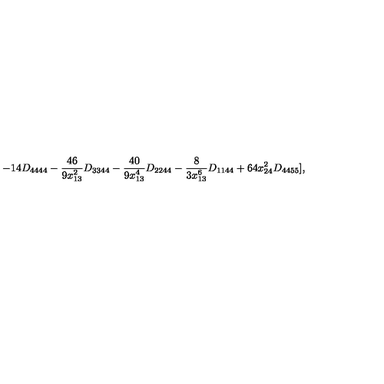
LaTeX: - 1 4 D _ { 4 4 4 4 } - \frac { 4 6 } { 9 x _ { 1 3 } ^ { 2 } } D _ { 3 3 4 4 } - \frac { 4 0 } { 9 x _ { 1 3 } ^ { 4 } } D _ { 2 2 4 4 } - \frac { 8 } { 3 x _ { 1 3 } ^ { 6 } } D _ { 1 1 4 4 } + 6 4 x _ { 2 4 } ^ { 2 } D _ { 4 4 5 5 } ] ,